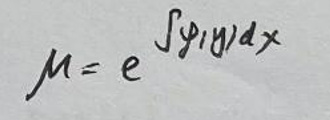
\[
\mu = e^{\int p(x)dx}
\]